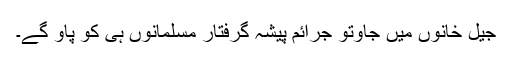
جیل خانوں میں جاؤتو جرائم پیشہ گرفتار مسلمانوں ہی کو پاؤ گے۔